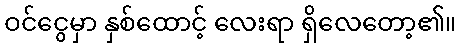
ဝင်ငွေမှာ နှစ်ထောင့် လေးရာ ရှိလေတော့၏။